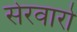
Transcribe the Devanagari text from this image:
सेरवारो